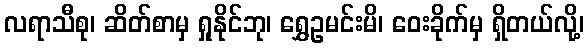
လရာသီစု၊ ဆိတ်စာမှ ရှုနိုင်ဘု၊ ရွှေဥမင်းမိ၊ ဝေးခိုက်မှ ရှိတယ်လို့၊